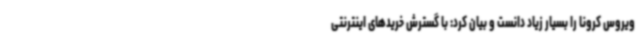
ویروس کرونا را بسیار زیاد دانست و بیان کرد: با گسترش خریدهای اینترنتی